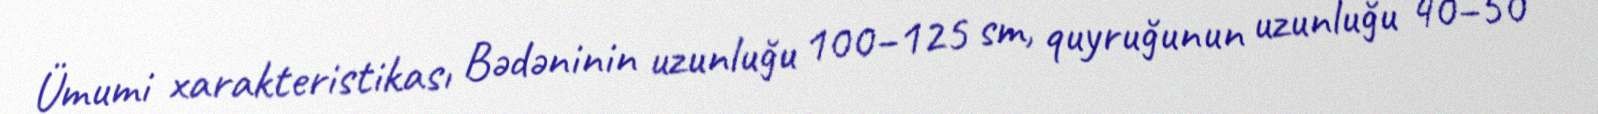
Ümumi xarakteristikası Bədəninin uzunluğu 100–125 sm, quyruğunun uzunluğu 40–50